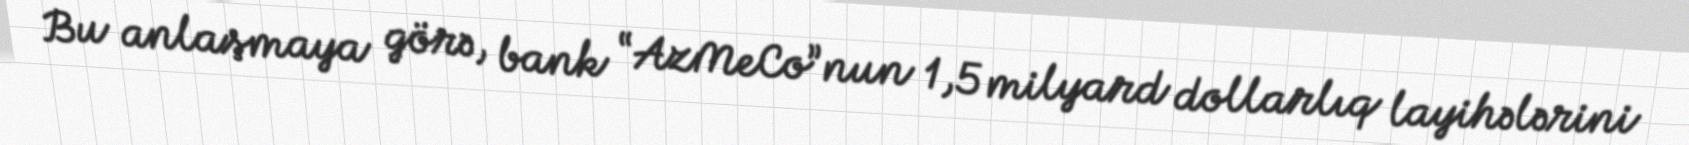
Bu anlaşmaya görə, bank “AzMeCo”nun 1,5 milyard dollarlıq layihələrini